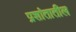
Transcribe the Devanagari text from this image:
प्रशांतातील